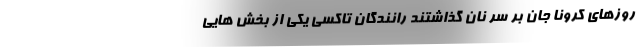
روزهای کرونا جان بر سر نان گذاشتند رانندگان تاکسی یکی از بخش هایی